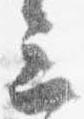
三